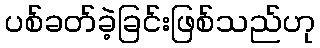
ပစ်ခတ်ခဲ့ခြင်းဖြစ်သည်ဟု